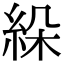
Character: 𦀉